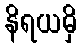
နိရယမှိ